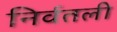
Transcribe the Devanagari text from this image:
निर्वतली